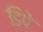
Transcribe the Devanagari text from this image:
डिपे